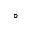
^ \circ